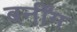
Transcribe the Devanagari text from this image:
बर्नींग